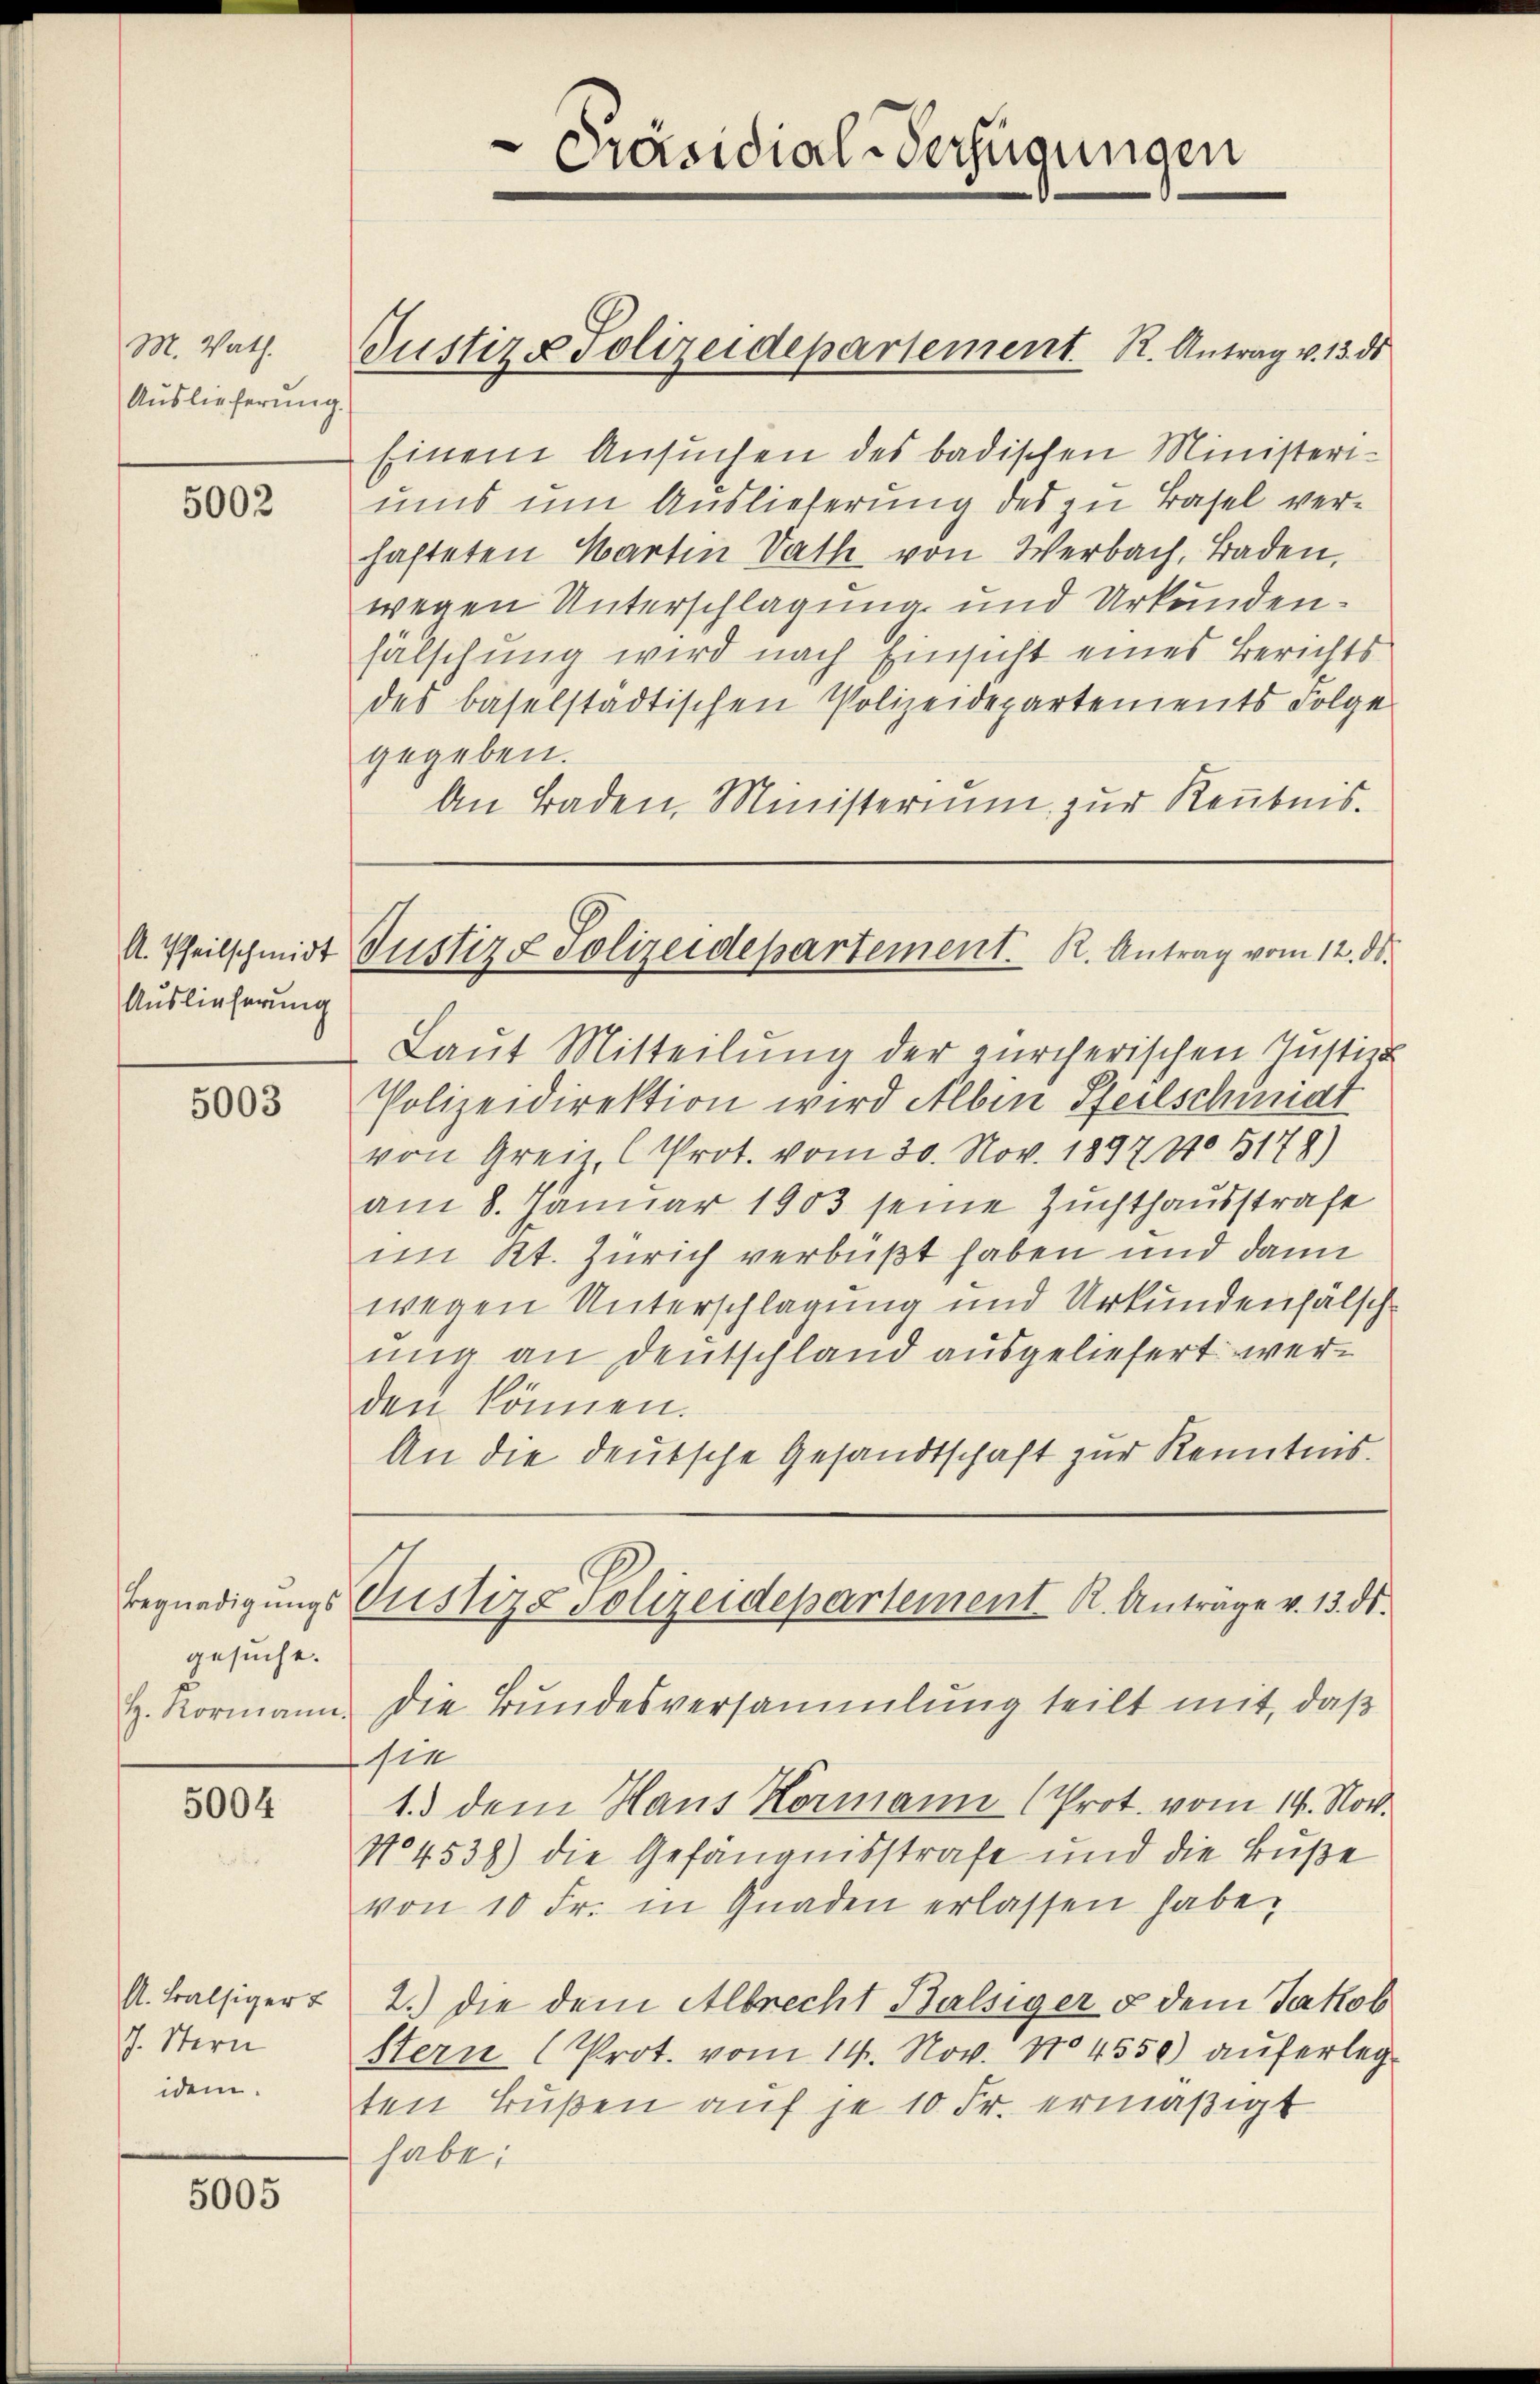
M. Wath.
Auslieferung.

5002

Auslieferung

5003

gesuche.

5004

5005

A. Balsiger u
J. Stern
idem.

Einem Ansuchen des badischen Ministeriums um Auslieferung des zu Basel verhafteten Martin Sath von Werbach, Baden,
wegen Unterschlagung und Urkunden.
fälschung wird nach Einsicht eines Berichts
des baselstädtischen Polizeidepartements Folge
gegeben.
An Baden, Ministerium zur Reubnis.

Präsidial-Verfügungen

Justiz & Polizeidepartement. R. Antrag v. 13. ds

A. Pfeilschmidt Justiz & Polizeidepartement. R. Antrag vom 12. ds.

Begnadigungs Justiz & Polizeidepartement K. Anträge v. 13. ds.

Laut Mitteilŭng der zürcherischen Justiz-
Polizeidirektion wird Alben Pfeilschiniat
von Grei Prot. vom 30. Nov. 18971. 5178)
am 8. Januar 1903 seine Zuchthausstrafe
im Kt. Zürich verbüßt haben und dann
wegen Unterschlagung und Urkundenfälschung an Deutschland ausgeliefert werden können.
An die deutsche Gesandtschaft zur Kenntnis.

H. Kormann. Die Bundesversammlung teilt mit, daβ
Die
1.) dem Haus Hormann (Prot. vom 14. Nov.
No 4538) die Gefängnisstrafe und die Buße
von 10 Fr. in Gnaden erlassen habe,
2.) die dem Albrecht Balsiger & dem Jakob
Stern (Prot. vom 14. Nov. No 4550) auferlegten Bußen auf je 10 Fr. ermäßigt
habe: